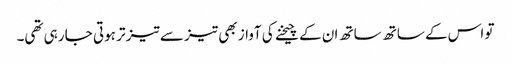
تو اس کے ساتھ ساتھ ان کے چیخنے کی آواز بھی تیز سے تیز تر ہوتی جا رہی تھی۔